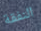
النفقة